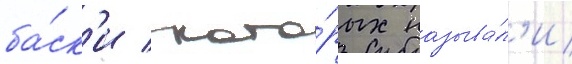
ба́ск'и / кото́рых называ́л'и